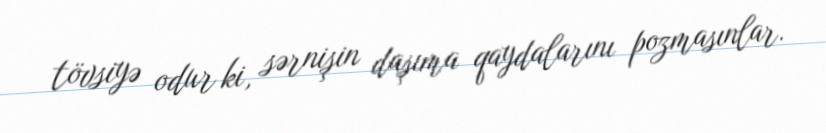
tövsiyə odur ki, sərnişin daşıma qaydalarını pozmasınlar.